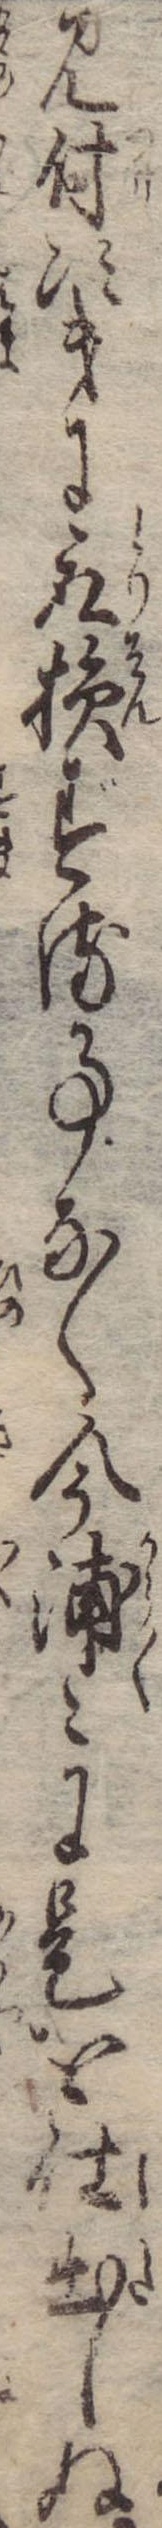
見付次第に取損ずる事なく今浦々に是を仕出しぬ